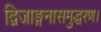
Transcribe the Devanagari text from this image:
द्विजाङ्गनासमुद्धरण।